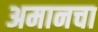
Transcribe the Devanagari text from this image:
अमानचा